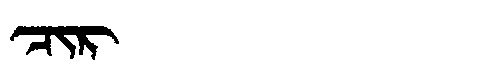
Manchu: ᠴᡳᡵ
Romanization: CIR